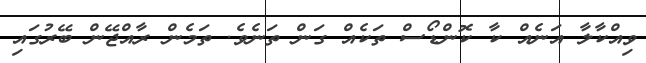
ވިއްކާލާ އަނެއް ކާ ކޮންޑޯސް ތަކެއް ގަން ތަނެވެ. ތަމެން ރާއްޖޭން ބޭރުގައި